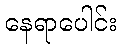
နေရာပေါင်း